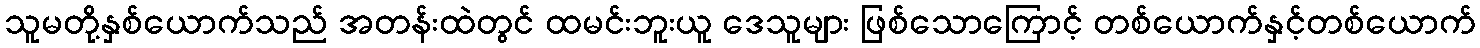
သူမတို့နှစ်ယောက်သည် အတန်းထဲတွင် ထမင်းဘူးယူ ဒေသူများ ဖြစ်သောကြောင့် တစ်ယောက်နှင့်တစ်ယောက်